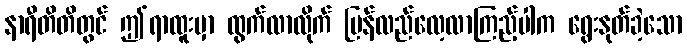
နာရီတိတိတွင် ဤရာထူးမှာ ထွက်လာလိုက် ပြန်လည်လေ့လာကြည့်ပါက ရွေးနုတ်ခဲ့သော